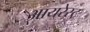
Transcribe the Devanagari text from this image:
आयरेस्ट